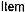
ITEM